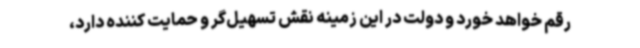
رقم خواهد خورد و دولت در این زمینه نقش تسهیل‌گر و حمایت کننده دارد،